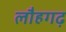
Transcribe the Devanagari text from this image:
लौहगढ़